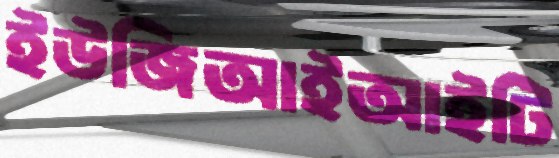
ইউজিআইআইটি